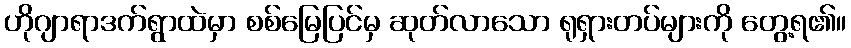
ဟိုဂျာရာဒက်ရွာထဲမှာ စစ်မြေပြင်မှ ဆုတ်လာသော ရုရှားတပ်များကို တွေ့ရ၏။